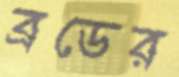
ব্রডের